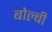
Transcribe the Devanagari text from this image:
बोल्बी